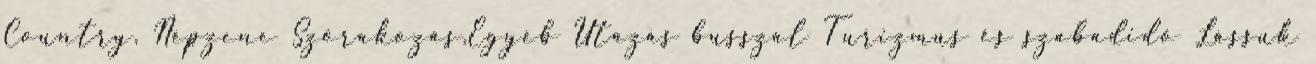
Country, Népzene Szórakozás,Egyéb Utazás busszal Turizmus és szabadidő Lássuk